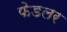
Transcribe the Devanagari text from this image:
फेडलर